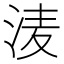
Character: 𭰗